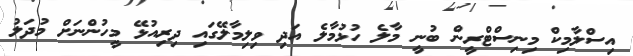
އިސްލާމިކް މިނިސްޓްރީން ބުނީ މާލެ ހުޅުމާލެ އަދި ވިލިމާލޭގައި ދިރިއުޅޭ މީހުންނަށް މުދަލު